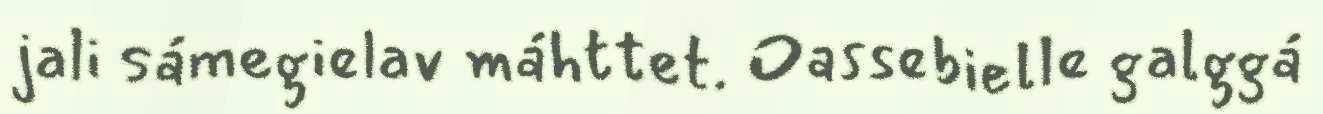
jali sámegielav máhttet. Oassebielle galggá